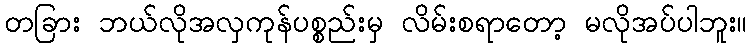
တခြား ဘယ်လိုအလှကုန်ပစ္စည်းမှ လိမ်းစရာတော့ မလိုအပ်ပါဘူး။